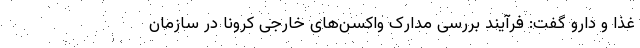
غذا و دارو گفت: فرآیند بررسی مدارک واکسن‌های خارجی کرونا در سازمان